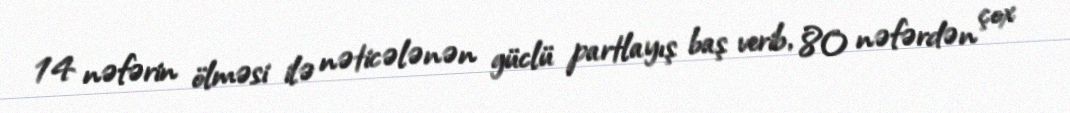
14 nəfərin ölməsi ilə nəticələnən güclü partlayış baş verib, 80 nəfərdən çox